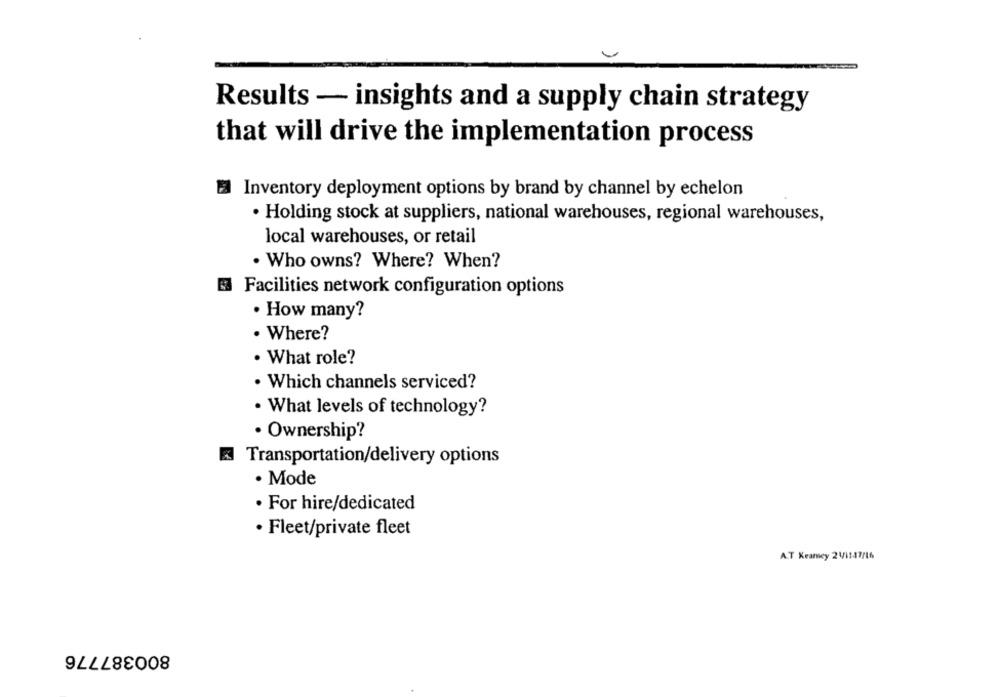
Results - insights and a supply chain strategy
that will drive the implementation process
Inventory deployment options by brand by channel by echelon
· Holding stock at suppliers, national warehouses, regional warehouses,
local warehouses, or retail
. Who owns? Where? When?
Facilities network configuration options
· How many?
. Where?
. What role?
· Which channels serviced?
· What levels of technology?
· Ownership?
Transportation/delivery options
· Mode
· For hire/dedicated
· Fleet/private fleet
AT Kearney 211147/16
800387776